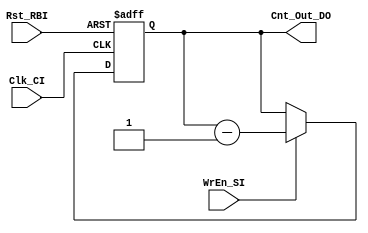
/* ================================================================================
// Counter: Counter for NYQ Block
// Project: SynTech
// ---- Description ---------------------------------------------------------------
// A simple counter that goes from 0d to 7d then wraps around.
//
// ---- Input/Output specifications -----------------------------------------------
// Cnt_Out_DO	counter output [3bit]
// ================================================================================ */

module counter    (

input                       Clk_CI,  // Clock signal
input                       Rst_RBI, // Asynchronous active low reset
input                       WrEn_SI,

output reg [7:0] Cnt_Out_DO  // Counter value output
);

//-Logic-
always @(posedge Clk_CI or negedge Rst_RBI)
if (!Rst_RBI) begin
  Cnt_Out_DO <= 255;
end else if (WrEn_SI) begin
  Cnt_Out_DO <= Cnt_Out_DO - 1;
end

endmodule